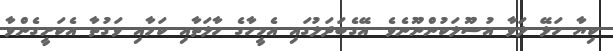
ކިޔާ ހަޅޭ ލަވާ އުސޫލަކުންނޫނެވެ. އޭގެބަދަލުގައި އެމީހާގެ ހާލަތާއި ކަމާއި ވަގުތާ އެކަށީގެންވާ